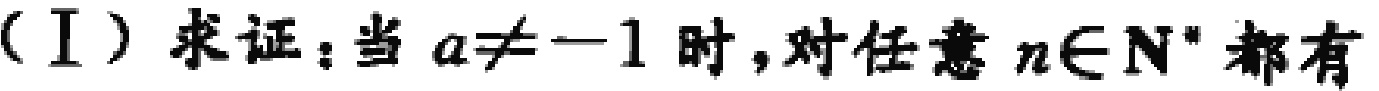
（I）求证：当 \(a\neq - 1\) 时，对任意 \(n\in\mathbf{N}^*\) 都有